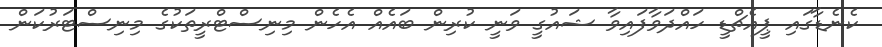
ކެނެޑާގައި ޕީއެޗްޑީ ހައްދަވާފައިވާ ޝައުގީ ވަނީ ކުރިން ބައެއް އެހެން މިނިސްޓްރީތަކުގެ މިނިސްޓަރުކަން